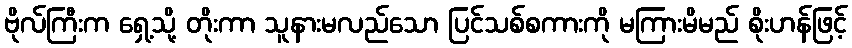
ဗိုလ်ကြီးက ရှေ့သို့ တိုးကာ သူနားမလည်သော ပြင်သစ်စကားကို မကြားမိမည် စိုးဟန်ဖြင့်